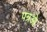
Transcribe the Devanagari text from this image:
पत्रओ